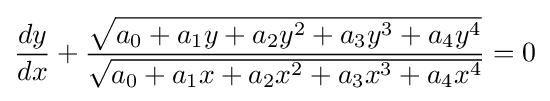
{\frac {dy}{dx}}+{\frac {\sqrt {a_{0}+a_{1}y+a_{2}y^{2}+a_{3}y^{3}+a_{4}y^{4}}}{\sqrt {a_{0}+a_{1}x+a_{2}x^{2}+a_{3}x^{3}+a_{4}x^{4}}}}=0